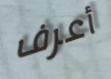
أعرف